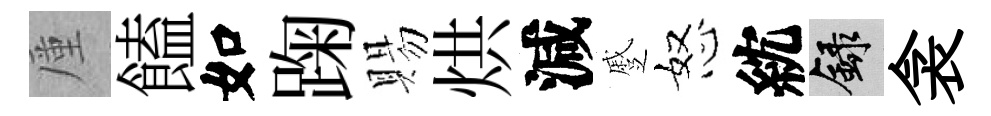
厪饁如踘賜烘減蹙怒紞録衾